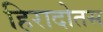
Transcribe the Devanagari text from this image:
हिरादोतस